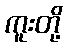
ကူးတို့